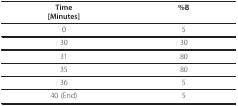
| Time[Minutes] | %B |
 | --- | --- |
 | 0 | 5 |
 | 30 | 30 |
 | 31 | 80 |
 | 35 | 80 |
 | 36 | 5 |
 | 40 (End) | 5 |